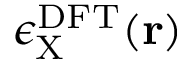
\epsilon _ { \mathrm { X } } ^ { \mathrm { D F T } } ( \mathbf { r } )